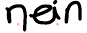
nein